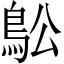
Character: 𲍜